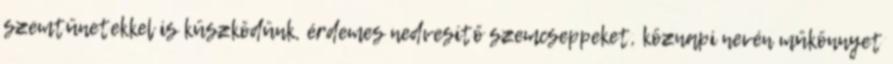
szemtünetekkel is küszködünk, érdemes nedvesítő szemcseppeket, köznapi nevén műkönnyet